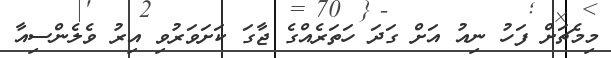
މިމެޗަށް ފަހު ނިއު އަށް ގަދަ ހަތަރެއްގެ ޖާގަ ކަށަވަރުވި އިރު ވެލެންސިއާ